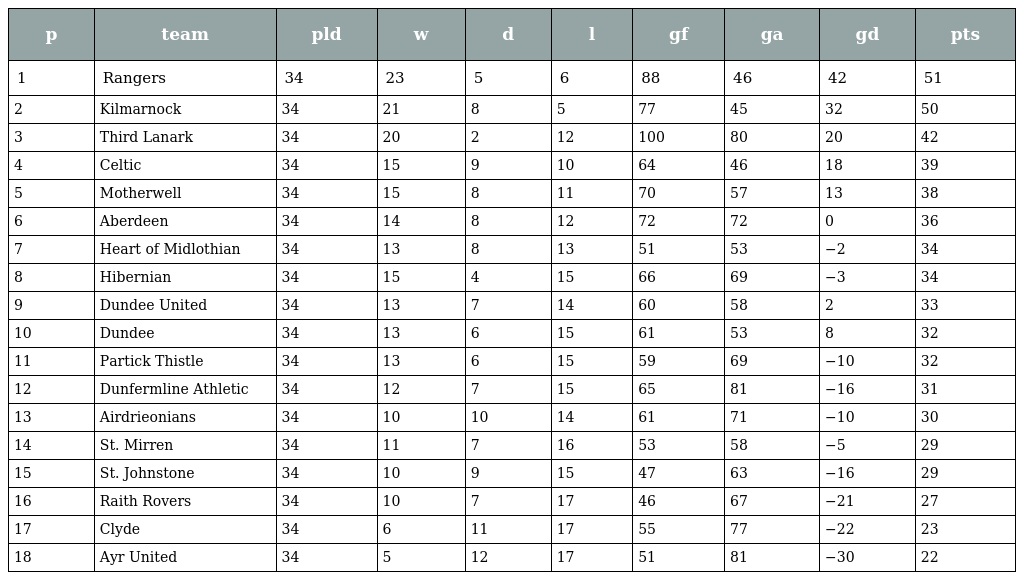
| p | team | pld | w | d | l | gf | ga | gd | pts |
 | --- | --- | --- | --- | --- | --- | --- | --- | --- | --- |
 | 1 | Rangers | 34 | 23 | 5 | 6 | 88 | 46 | 42 | 51 |
 | 2 | Kilmarnock | 34 | 21 | 8 | 5 | 77 | 45 | 32 | 50 |
 | 3 | Third Lanark | 34 | 20 | 2 | 12 | 100 | 80 | 20 | 42 |
 | 4 | Celtic | 34 | 15 | 9 | 10 | 64 | 46 | 18 | 39 |
 | 5 | Motherwell | 34 | 15 | 8 | 11 | 70 | 57 | 13 | 38 |
 | 6 | Aberdeen | 34 | 14 | 8 | 12 | 72 | 72 | 0 | 36 |
 | 7 | Heart of Midlothian | 34 | 13 | 8 | 13 | 51 | 53 | −2 | 34 |
 | 8 | Hibernian | 34 | 15 | 4 | 15 | 66 | 69 | −3 | 34 |
 | 9 | Dundee United | 34 | 13 | 7 | 14 | 60 | 58 | 2 | 33 |
 | 10 | Dundee | 34 | 13 | 6 | 15 | 61 | 53 | 8 | 32 |
 | 11 | Partick Thistle | 34 | 13 | 6 | 15 | 59 | 69 | −10 | 32 |
 | 12 | Dunfermline Athletic | 34 | 12 | 7 | 15 | 65 | 81 | −16 | 31 |
 | 13 | Airdrieonians | 34 | 10 | 10 | 14 | 61 | 71 | −10 | 30 |
 | 14 | St. Mirren | 34 | 11 | 7 | 16 | 53 | 58 | −5 | 29 |
 | 15 | St. Johnstone | 34 | 10 | 9 | 15 | 47 | 63 | −16 | 29 |
 | 16 | Raith Rovers | 34 | 10 | 7 | 17 | 46 | 67 | −21 | 27 |
 | 17 | Clyde | 34 | 6 | 11 | 17 | 55 | 77 | −22 | 23 |
 | 18 | Ayr United | 34 | 5 | 12 | 17 | 51 | 81 | −30 | 22 |